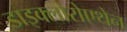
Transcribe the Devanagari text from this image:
डाइक्लोरोएथेन